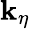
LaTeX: \mathbf{k}_{\eta}